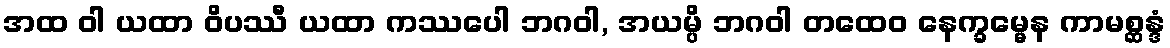
အထ ဝါ ယထာ ဝိပဿီ ယထာ ကဿပေါ ဘဂဝါ, အယမ္ပိ ဘဂဝါ တထေဝ နေက္ခမ္မေန ကာမစ္ဆန္ဒံ